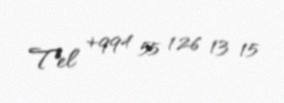
Tel +994 55 126 13 15